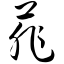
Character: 菲